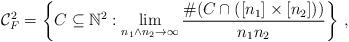
LaTeX: \begin{align*} \mathcal C_F^2 = \left\{C\subseteq \mathbb N^2: \lim_{n_1\wedge n_2\rightarrow\infty}\frac{\#(C\cap ([n_1]\times [n_2]))}{n_1n_2}\right\}\,, \end{align*}